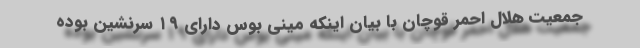
جمعیت هلال احمر قوچان با بیان اینکه مینی بوس دارای ۱۹ سرنشین بوده